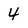
Character: 4